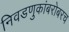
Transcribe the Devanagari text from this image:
निवडणुकांबरोबरच